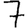
Digit: 7